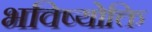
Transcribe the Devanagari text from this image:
भविष्योक्ति